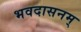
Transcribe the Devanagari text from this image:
भवदासनम्